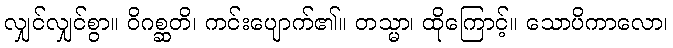
လျှင်လျှင်စွာ။ ဝိဂစ္ဆတိ၊ ကင်းပျောက်၏။ တသ္မာ၊ ထိုကြောင့်။ သောပိကာလော၊